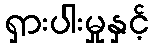
ရှားပါးမှုနှင့်